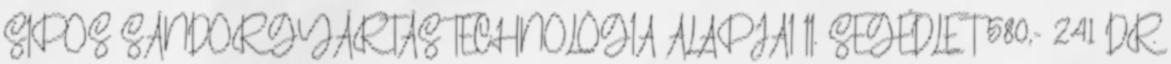
SIPOS SÁNDOR GYÁRTÁSTECHNOLÓGIA ALAPJAI II. SEGÉDLET 580,- 241 DR.